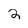
Character: 2